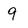
Character: 9